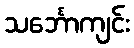
သင်္ဘောကျင်း